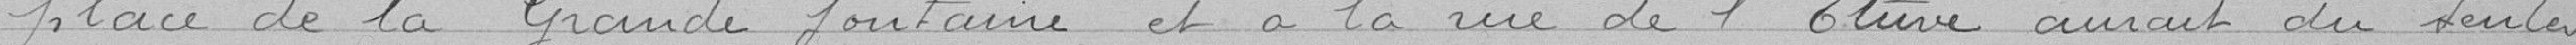
place de la grande fontaine et à la rue de l'Etuve aurait du tenter